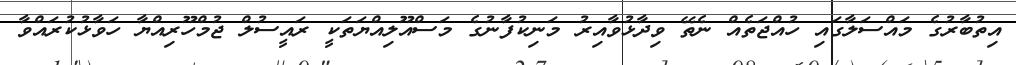
އިތުބާރުގެ މަައްސަލާގައި ހުއްޖަތެއް ނެތޭ ވިދާޅުވާއިރު މަނިކުފާނުގެ މަސްއޫލިއްޔަތަކީ ރައީސުލް ޖުމްހޫރިއްޔާ ހަވާޅުކުރައްވާ